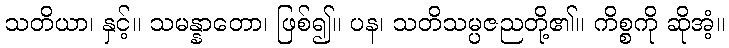
သတိယာ၊ နှင့်။ သမန္နာတော၊ ဖြစ်၍။ ပန၊ သတိသမ္ပဇညတို့၏။ ကိစ္စကို ဆိုအံ့။